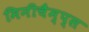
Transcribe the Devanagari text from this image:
मिनीचैम्प्स